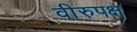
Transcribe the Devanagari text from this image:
वीरुपक्ष